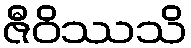
ဇီဝိဿသိ